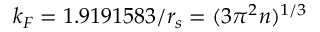
k _ { F } = 1 . 9 1 9 1 5 8 3 / r _ { s } = ( 3 \pi ^ { 2 } n ) ^ { 1 / 3 }